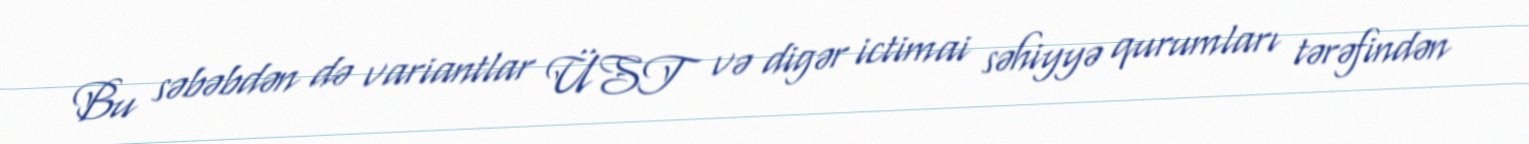
Bu səbəbdən də variantlar ÜST və digər ictimai səhiyyə qurumları tərəfindən